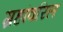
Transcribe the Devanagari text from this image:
ग्रहांवरिल